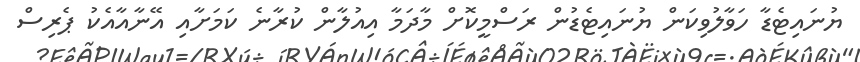
ޔުނައިޓެޑާ ހަވާލުވިކަން ޔުނައިޓެޑުން ރަސްމީކޮށް މާދަމާ އިއުލާން ކުރާނެ ކަމަށާއި އޭނާއާއެކު ޕެރިސް